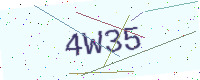
Text: 4W35